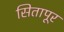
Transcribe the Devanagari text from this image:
सितापूर